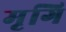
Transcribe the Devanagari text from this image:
मृगि